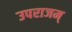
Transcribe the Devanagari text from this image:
उपराजम्